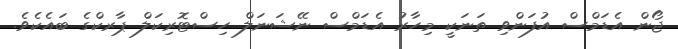
ޖޯން އެޑަމްސް އުފަންވި ތަނަކީ މިހާރު އެޑަމްސް ނޭޝަނަލް ހިސްޓޮރިކަލް ޕާރކްގެ ބައެކެވެ.